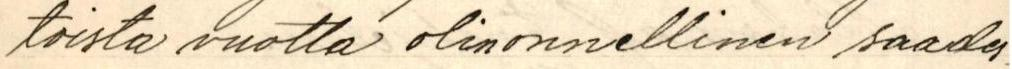
toista vuotta olin onnellinen saades